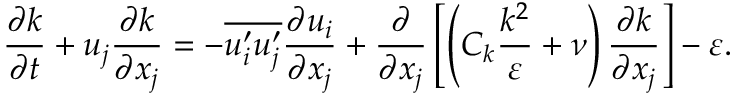
\frac { \partial k } { \partial t } + u _ { j } \frac { \partial k } { \partial x _ { j } } = - \overline { { u _ { i } ^ { \prime } u _ { j } ^ { \prime } } } \frac { \partial u _ { i } } { \partial x _ { j } } + \frac { \partial } { \partial x _ { j } } \left[ \left( C _ { k } \frac { k ^ { 2 } } { \varepsilon } + \nu \right) \frac { \partial k } { \partial x _ { j } } \right] - \varepsilon .